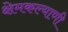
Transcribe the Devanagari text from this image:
क्षेमकल्याणी